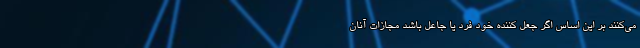
می‌کنند بر این اساس اگر جعل کننده خود فرد یا جاعل باشد مجازات آنان